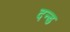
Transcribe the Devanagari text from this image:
दन्ड